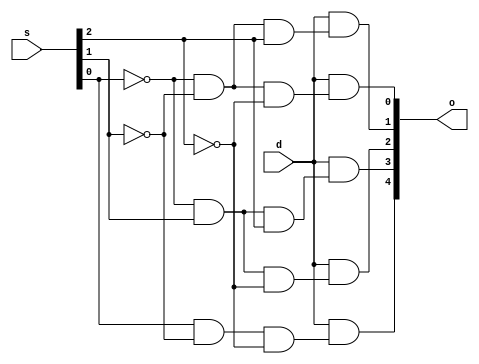
module demux1x5(d, o, s);
	
	input [3:0] s;
	input d;
	output [4:0] o;

	wire [4:0] w;

	// Primeira sada
	and (w[0], !s[0], !s[1], !s[2]);
	and (o[0], d, w[0]);

	// Segunda sada
	and (w[1], !s[0], !s[1], s[2]);
	and (o[1], d, w[1]);

	// Terceira sada
	and (w[2], !s[0], s[1], !s[2]);
	and (o[2], d, w[2]);

	// Quarta sada
	and (w[3], !s[0], s[1], s[2]);
	and (o[3], d, w[3]);

	// Quinta sada
	and (w[4], s[0], !s[1], !s[2]);
	and (o[4], d, w[4]);


endmodule